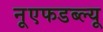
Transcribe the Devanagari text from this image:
नूएफडब्ल्यू